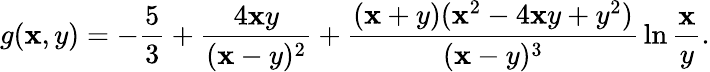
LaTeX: g(\mathbf{x},y)=-{\frac{{5}}{{3}}}+{\frac{{4\mathbf{x}y}}{{(\mathbf{x}-y)^{2}}}}+{\frac{{(\mathbf{x}+y)(\mathbf{x}^{2}-4\mathbf{x}y+y^{2})}}{{(\mathbf{x}-y)^{3}}}}\ln{\frac{{\mathbf{x}}}{{y}}}.